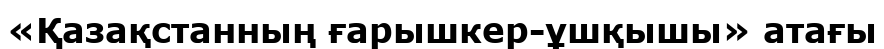
«Қазақстанның ғарышкер-ұшқышы» атағы